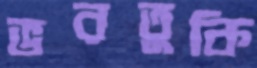
ভরতুকি